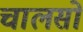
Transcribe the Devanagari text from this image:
चालसों